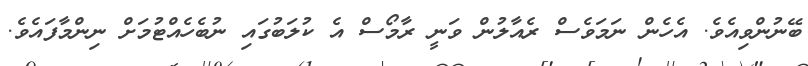
ބޭނުންވިއެވެ. އެހެން ނަމަވެސް ރެއާލުން ވަނީ ރާމޯސް އެ ކުލަބުގައި ނުބެހެއްޓުމަށް ނިންމާފައެވެ.